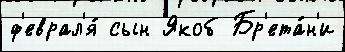
ф'еврал'я́ сын Якоб Бр'ета́н'и